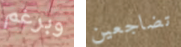
وبرغم تضاجعين